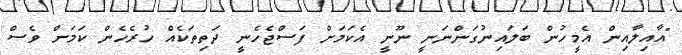
"އާއިލާއިން އެމީހުން ބަލައިނުގަންނަނީ ނޫނީ އެކަމަށް ފަސްޖެހެނީ ދަތިތަކެއް ހުރެހެން ކަމަށް ވެސް